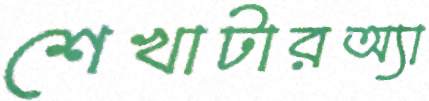
শেখাটারঅ্যা